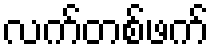
လက်တစ်ဖက်